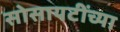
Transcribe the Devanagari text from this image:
सोसायटींच्या